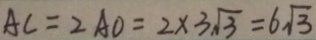
A C = 2 A O = 2 \times 3 \sqrt { 3 } = 6 \sqrt { 3 }